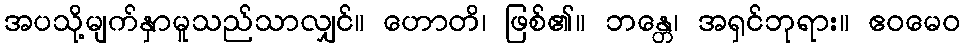
အပသို့မျက်နှာမူသည်သာလျှင်။ ဟောတိ၊ ဖြစ်၏။ ဘန္တေ၊ အရှင်ဘုရား။ ဧဝမေဝ